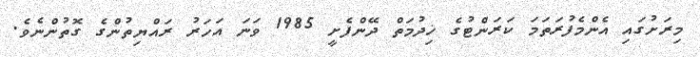
މިރަށުގައި އެންމެފުރަތަމަ ކަރަންޓުގެ ޚިދުމަތް ދޭންފެށީ 1985 ވަނަ އަހަރު ރައްޔިތުންގެ ގޮތުންނެވެ.